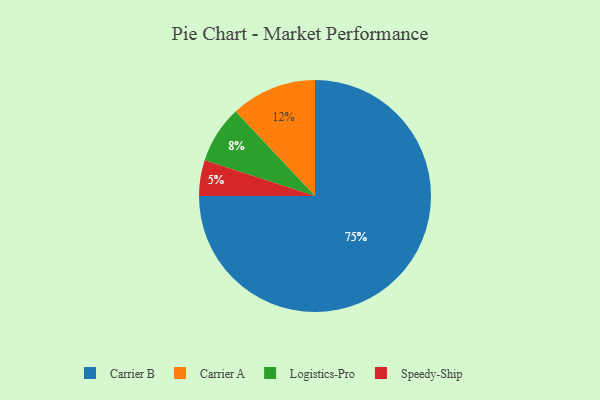
{"axis": {"x": "Category", "y": "Percentage"}, "legend": ["Carrier A", "Carrier B", "Logistics-Pro", "Speedy-Ship"], "data": [{"x": "Carrier A", "y": 12, "type": "Carrier A"}, {"x": "Speedy-Ship", "y": 5, "type": "Speedy-Ship"}, {"x": "Logistics-Pro", "y": 8, "type": "Logistics-Pro"}, {"x": "Carrier B", "y": 75, "type": "Carrier B"}]}